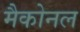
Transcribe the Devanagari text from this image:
मैकोनल